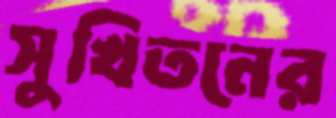
সুখিতনের